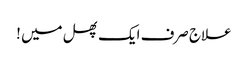
علاج صرف ایک پھل میں !